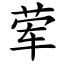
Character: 荤